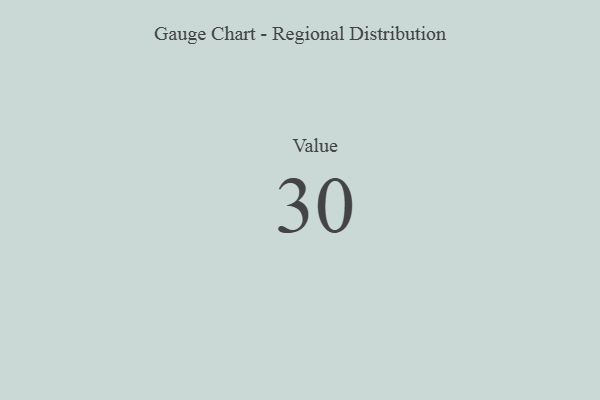
{"axis": {"x": "Metric", "y": "Value"}, "legend": [""], "data": [{"x": "Value", "y": 30, "type": ""}]}